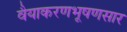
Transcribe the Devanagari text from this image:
वैयाकरणभूषणसार